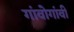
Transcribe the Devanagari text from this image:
गांवोगांवी